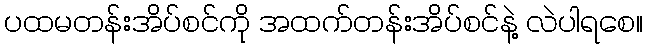
ပထမတန်းအိပ်စင်ကို အထက်တန်းအိပ်စင်နဲ့ လဲပါရစေ။